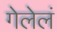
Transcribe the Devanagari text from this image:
गेलेलं